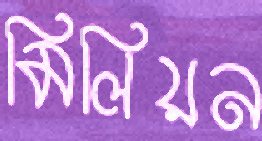
মিলিয়ন